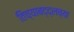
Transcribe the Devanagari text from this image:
तिच्याबद्द्लच्या